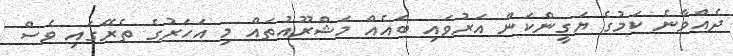
ދެއްވާނެ ކަމުގެ ޔަގީންކަން އަރުވައި ބައެއް މަޝްރޫއުތައް މި އަހަރުގެ ތެރޭގައި ވެސް